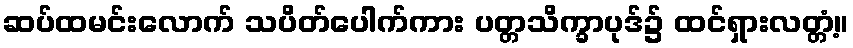
ဆပ်ထမင်းလောက် သပိတ်ပေါက်ကား ပတ္တသိက္ခာပုဒ်၌ ထင်ရှားလတ္တံ့။